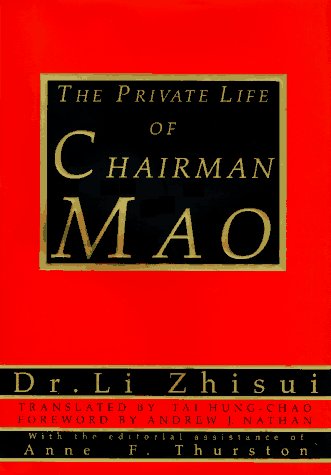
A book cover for The Private Life of Chairman Mao: The Memoirs of Mao's Personal Physician Dr. Li Zhisui; Zhi-Sui Li; Biographies & Memoirs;